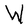
Character: W